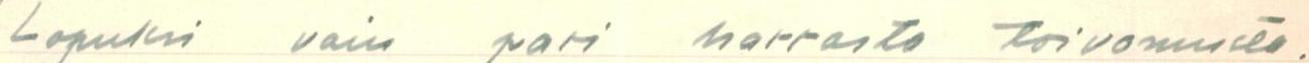
Lopuksi vain pari harrasta toivomusta.